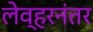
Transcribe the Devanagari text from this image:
लेव्हरनंतर